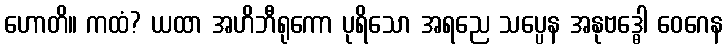
ဟောတိ။ ကထံ? ယထာ အဟိဘီရုကော ပုရိသော အရညေ သပ္ပေန အနုဗဒ္ဓေါ ဝေဂေန